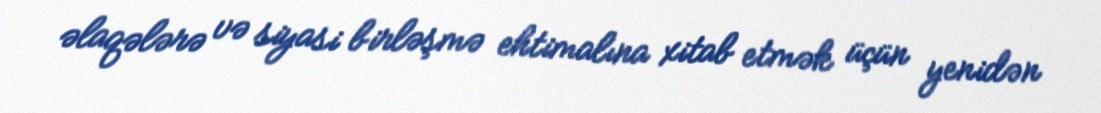
əlaqələrə və siyasi birləşmə ehtimalına xitab etmək üçün yenidən